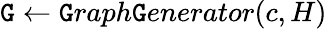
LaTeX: \mathtt{G}\gets\mathtt{G}raph\mathtt{G}enerator(c,H)